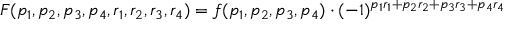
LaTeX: F ( p _ { 1 } , p _ { 2 } , p _ { 3 } , p _ { 4 } , r _ { 1 } , r _ { 2 } , r _ { 3 } , r _ { 4 } ) = f ( p _ { 1 } , p _ { 2 } , p _ { 3 } , p _ { 4 } ) \cdot ( - 1 ) ^ { p _ { 1 } r _ { 1 } + p _ { 2 } r _ { 2 } + p _ { 3 } r _ { 3 } + p _ { 4 } r _ { 4 } }